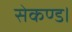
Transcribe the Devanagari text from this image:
सेकण्ड।